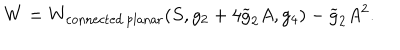
W = W _ { \mathrm { c o n n e c t e d \, p l a n a r } } ( S , g _ { 2 } + 4 \widetilde { g } _ { 2 } A , g _ { 4 } ) - \widetilde { g } _ { 2 } A ^ { 2 } .